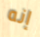
إنه